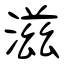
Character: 滋